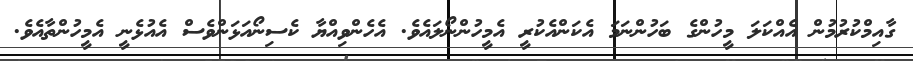
ގާއިމްކުރުމުން އެއްކަލަ މީހުންގެ ބަހުންނަމަ އެކަންއެކުރީ އެމީހުންނޯލައެވެ. އެހެންވިއްޔާ ކެސިނޯއަޅަންވެސް އެއުޅެނީ އެމީހުންތާއެވެ.